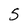
Character: 5